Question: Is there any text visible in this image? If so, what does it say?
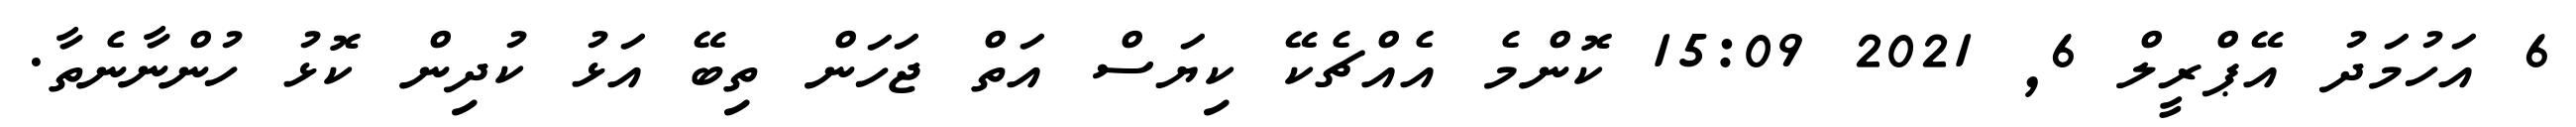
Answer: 6 އަހުމަދު އޭޕްރީލް 6, 2021 15:09 ކޮންމެ އެއްޗެކޭ ކިޔަސް އަތް ޖަހަން ތިބޭ އަޅު ކުދިން ކޮޅު ހުންނާނެތާ.